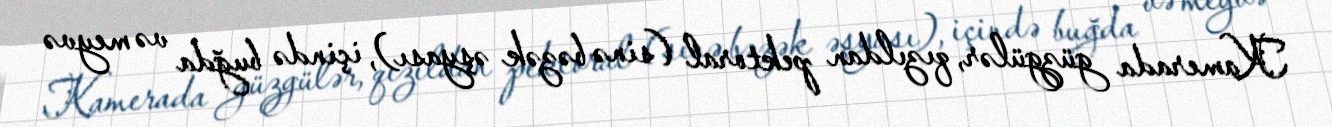
Kamerada güzgülər, qızıldan pektoral (sinə bəzək əşyası), içində buğda və meyvə